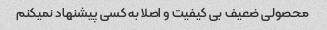
محصولی ضعیف بی کیفیت و اصلا به کسی پیشنهاد نمیکنم